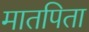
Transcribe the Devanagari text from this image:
मातपिता